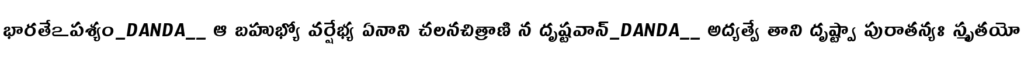
భారతేఽపశ్యం_DANDA__ ఆ బహుభ్యో వర్షేభ్య ఏనాని చలనచిత్రాణి న దృష్టవాన్_DANDA__ అద్యత్వే తాని దృష్ట్వా పురాతన్యః స్మృతయో